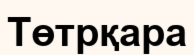
Төтрқара